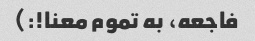
فاجعه، به تموم معنا!:)